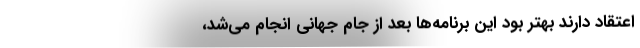
اعتقاد دارند بهتر بود این برنامه‌ها بعد از جام جهانی انجام می‌شد،